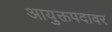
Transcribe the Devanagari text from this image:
आयुक्तपदावर